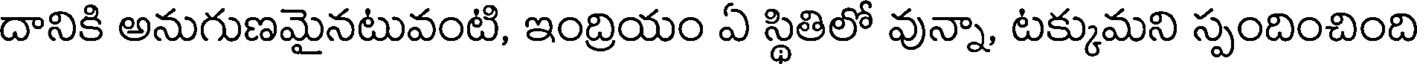
దానికి అనుగుణమైనటువంటి, ఇంద్రియం ఏ స్థితిలో వున్నా, టక్కుమని స్పందించింది